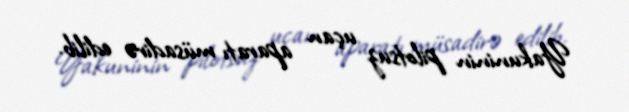
Yakuninin pilotsuz uçan aparatı müsadirə edilib.